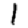
Digit: 1